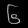
Digit: ၆